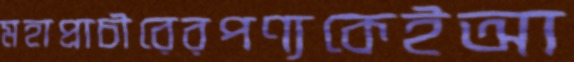
মহাপ্রাচীরেরপণ্যকেইআ